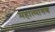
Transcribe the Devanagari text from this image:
महात्मागण